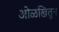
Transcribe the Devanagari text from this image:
ओळखितुन